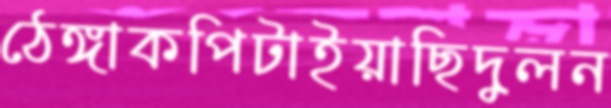
ঠেঙ্গাকপিটাইয়াছিদুলন